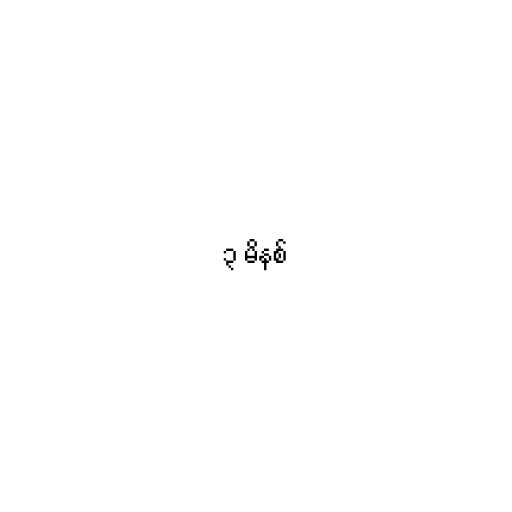
၃ မိနစ်